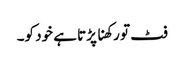
فٹ تو رکھنا پڑتا ہے خود کو۔